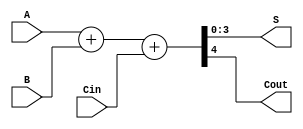
module RCA_4bit (
    input [3:0] A,
    input [3:0] B,
    input Cin,
    output [3:0] S,
    output Cout
);
    assign {Cout, S} = A + B + Cin;
endmodule